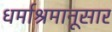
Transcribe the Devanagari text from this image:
धर्माश्रमानूसार